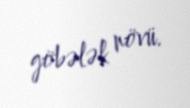
göbələk növü.